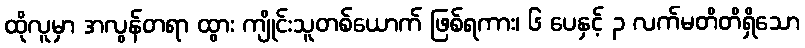
ထိုလူမှာ အလွန်တရာ ထွား ကျိုင်းသူတစ်ယောက် ဖြစ်ရကား၊ ၆ ပေနှင့် ၃ လက်မတိတိရှိသော